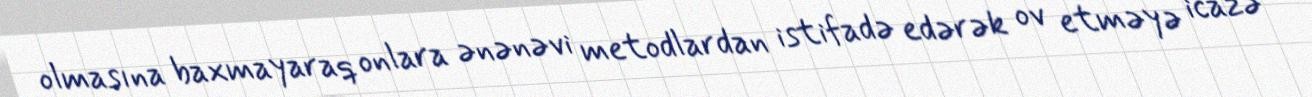
olmasına baxmayaraq onlara ənənəvi metodlardan istifadə edərək ov etməyə icazə